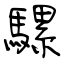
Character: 騾